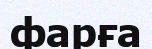
фарға